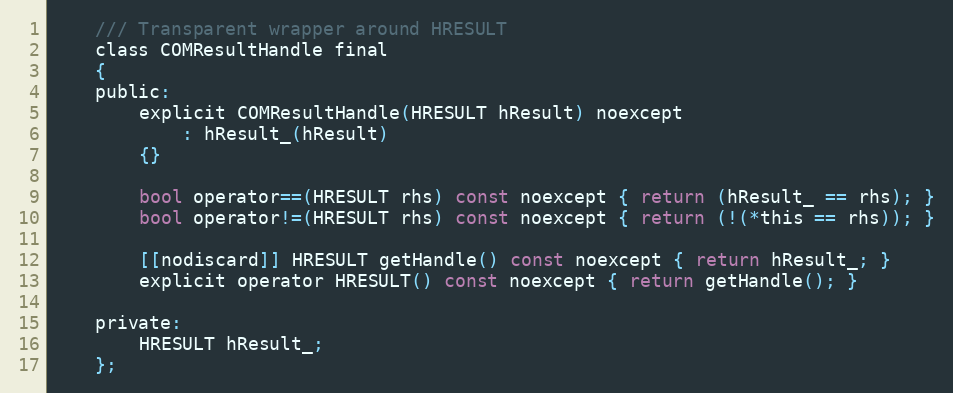
Language: C
    /// Transparent wrapper around HRESULT
    class COMResultHandle final
    {
    public:
        explicit COMResultHandle(HRESULT hResult) noexcept
            : hResult_(hResult)
        {}

        bool operator==(HRESULT rhs) const noexcept { return (hResult_ == rhs); }
        bool operator!=(HRESULT rhs) const noexcept { return (!(*this == rhs)); }

        [[nodiscard]] HRESULT getHandle() const noexcept { return hResult_; }
        explicit operator HRESULT() const noexcept { return getHandle(); }

    private:
        HRESULT hResult_;
    };